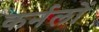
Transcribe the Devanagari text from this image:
कर्नलों